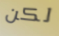
لكن